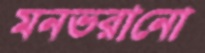
মনভরানো